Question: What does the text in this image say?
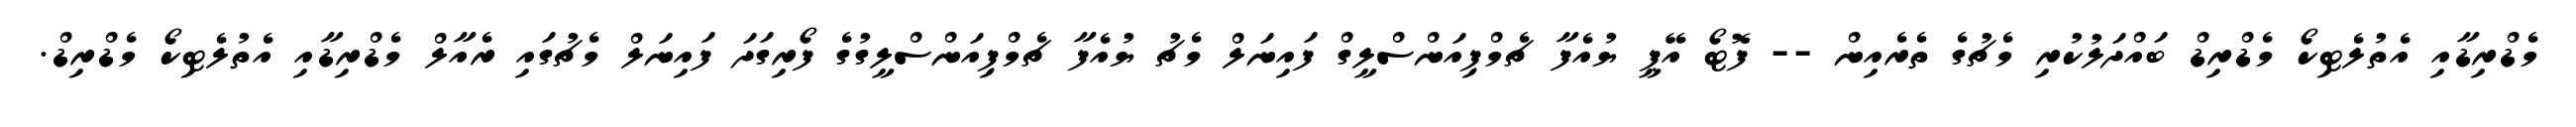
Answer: މެޑްރިޑާއި އެތުލެޓިކޯ މެޑްރިޑް ބައްދަލުކުރި މެޗުގެ ތެރެއިން -- ފޮޓޯ އޭޕީ ޔުއެފާ ޗެމްޕިއަންސްލީގް ފައިނަލް މެޗު ޔުއެފާ ޗެމްޕިއަންސްލީގުގެ ފޯރިގަދަ ފައިނަލް މެޗުގައި ރެއާލް މެޑްރިޑާއި އެތުލެޓިކޯ މެޑްރިޑް.